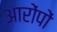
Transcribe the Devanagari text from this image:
आरोंपों